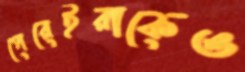
পেরেইরাকেও